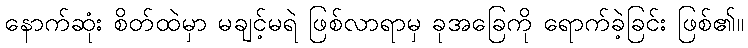
နောက်ဆုံး စိတ်ထဲမှာ မချင့်မရဲ ဖြစ်လာရာမှ ခုအခြေကို ရောက်ခဲ့ခြင်း ဖြစ်၏။